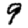
Digit: 9